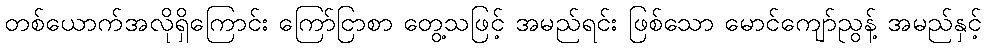
တစ်ယောက်အလိုရှိကြောင်း ကြော်ငြာစာ တွေ့သဖြင့် အမည်ရင်း ဖြစ်သော မောင်ကျော်ညွန့် အမည်နှင့်